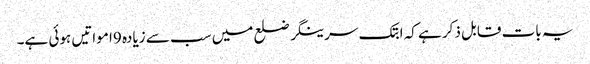
یہ بات قابل ذکر ہے کہ ابتک سرینگر ضلع میں سب سے زیادہ 9ا مواتیں ہوئی ہے۔